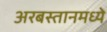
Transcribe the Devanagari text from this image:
अरबस्तानमध्ये